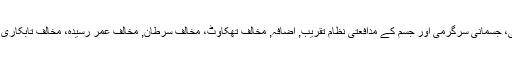
3، ریڈ ginseng کر سکتے ہیں بہتر دماغی، جسمانی سرگرمی اور جسم کے مدافعتی نظام تقریب, اضافہ, مخالف تھکاوٹ، مخالف سرطان, مخالف عمر رسیدہ، مخالف تابکاری، یی اا فوماا، انشانگ شینگ جن، بوفیا طحال ۔